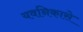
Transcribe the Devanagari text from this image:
यवनिकासे